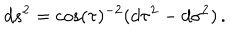
LaTeX: d s ^ { 2 } = \cos ( \tau ) ^ { - 2 } ( d \tau ^ { 2 } - d \sigma ^ { 2 } ) \, .